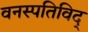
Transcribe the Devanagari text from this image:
वनस्पतिविद्